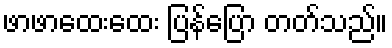
ဖာဖာထေးထေး ပြန်ပြော တတ်သည်။